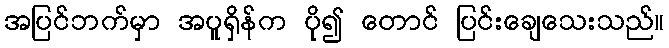
အပြင်ဘက်မှာ အပူရှိန်က ပို၍ တောင် ပြင်းချေသေးသည်။